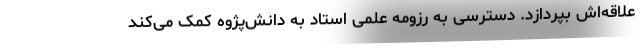
علاقه‌اش بپردازد. دسترسی به رزومه علمی استاد به دانش‌پژوه کمک می‌کند